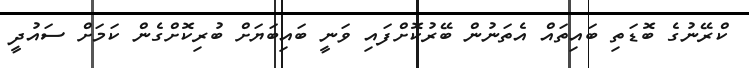
ކްރޭނުގެ ބޮޑަތި ބައިތައް އެތަނުން ބޭރުކޮށްފައި ވަނީ ބައިބަޔަށް ބުރިކޮށްގެން ކަމަށް ސައުދީ